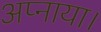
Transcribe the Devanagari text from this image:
अप्नाया।